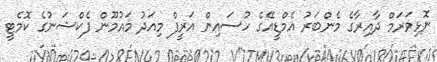
ނޮޅިވަރަމް ދާއިރާގެ މެންބަރު އެމްޑީއޭގެ ހުސައިން އަރީފް މިއަދު މައުމޫން ފެކްޝަނުގެ ކޮމެޓީ